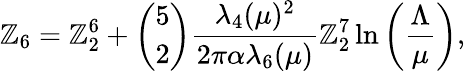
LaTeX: \mathbb{Z}_{6}=\mathbb{Z}_{2}^{6}+{\binom{5}{2}}{\frac{{\lambda_{4}(\mu)^{2}}}{{2\pi\alpha\lambda_{6}(\mu)}}}\mathbb{Z}_{2}^{7}\ln\left(\frac{{\Lambda}}{{\mu}}\right),